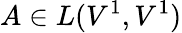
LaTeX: A\in L(V^{1},V^{1})